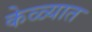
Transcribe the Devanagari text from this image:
केळ्यात